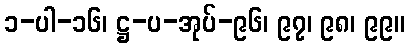
၁-ပါ-၁၆၊ ဋ္ဌ-ပ-အုပ်-၉၆၊ ၉၇၊ ၉၈၊ ၉၉။